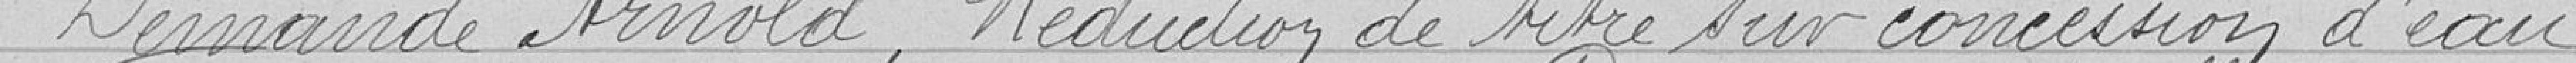
Demande Arnold, réduction du titre sur concession d'eau